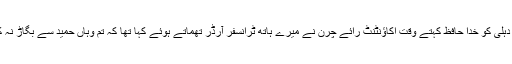
میں اُس سے خائف تو نہیں تھا لیکن دہلی کو خدا حافظ کہتے وقت اکاؤنٹنٹ رائے چرن نے میرے ہاتھ ٹرانسفر آرڈر تھماتے ہوئے کہا تھا کہ تم وہاں حمید سے بگاڑ نہ کرنا،وہ بڑا تیز اور گھاگ آدمی ہے۔